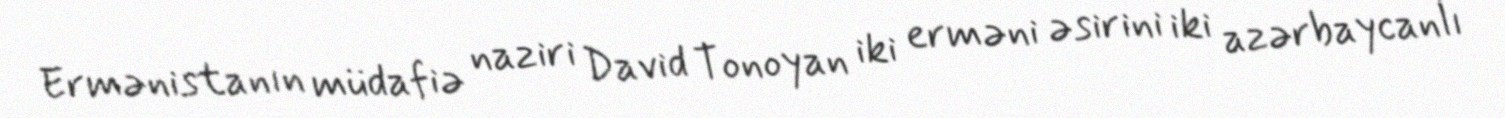
Ermənistanın müdafiə naziri David Tonoyan iki erməni əsirini iki azərbaycanlı